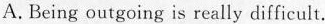
A.Being outgoing is really difficult.